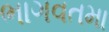
ભાગવતમા